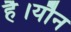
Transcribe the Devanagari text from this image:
है।यौन